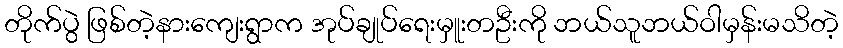
တိုက်ပွဲ ဖြစ်တဲ့နားကျေးရွာက အုပ်ချုပ်ရေးမှူးတဦးကို ဘယ်သူဘယ်ဝါမှန်းမသိတဲ့